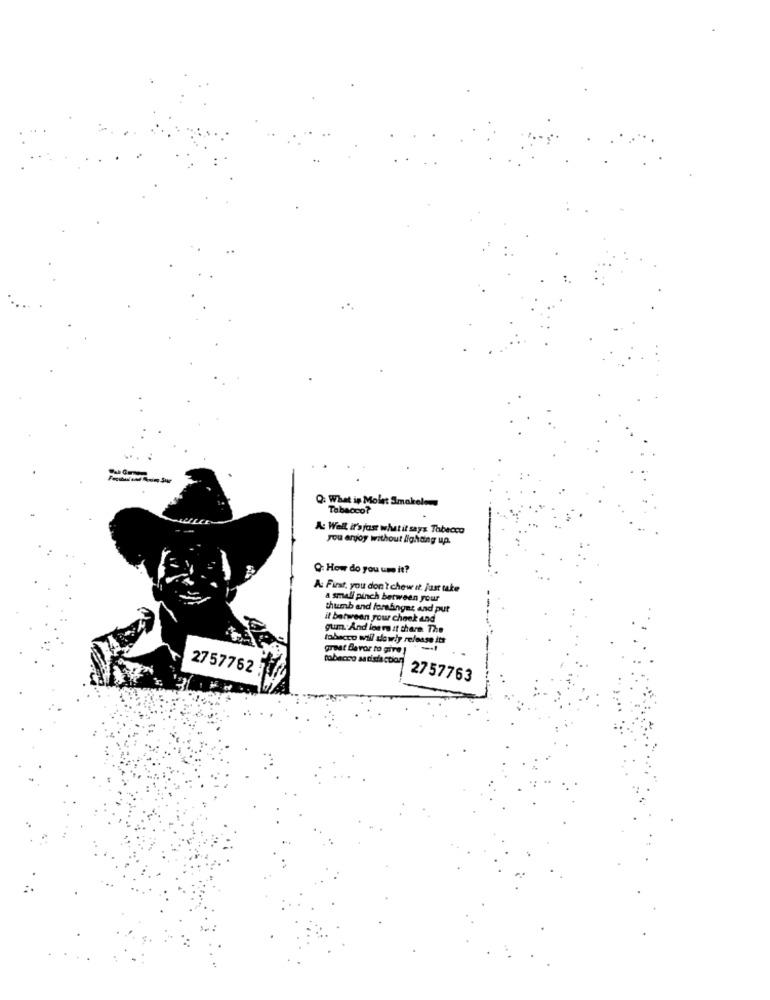
Q: What is Molet Smakel
Tabacco?
A: Well, it's just what it says Tobecco
you enjoy without #ghiding up.
Q: How do you um it?
A: First, you don't chew it. just take
a small pinch between your
thumb and forefinger and put
it between your chock and
gum And leave it there. The
tobacco will slowly release its
great Bevor to give !
2757762 3
2757763